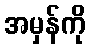
အမှန်ကို